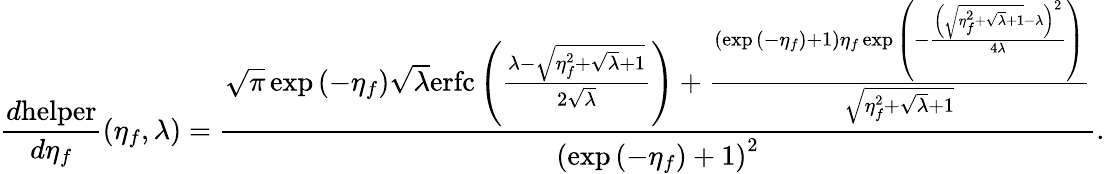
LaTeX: \frac{d\mathrm{helper}}{d\eta_{f}}(\eta_{f},\lambda)=\frac{\sqrt{\pi}\exp{(-\eta_{f})}\sqrt{\lambda}\mathrm{erfc}\left(\frac{\lambda-\sqrt{\eta_{f}^{2}+\sqrt{\lambda}+1}}{2\sqrt{\lambda}}\right)+\frac{\left(\exp{(-\eta_{f})}+1\right)\eta_{f}\exp{\left(-\frac{\left(\sqrt{\eta_{f}^{2}+\sqrt{\lambda}+1}-\lambda\right)^{2}}{4\lambda}\right)}}{\sqrt{\eta_{f}^{2}+\sqrt{\lambda}+1}}}{\left(\exp{(-\eta_{f})}+1\right)^{2}}.